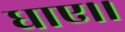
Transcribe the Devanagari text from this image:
धाए।।